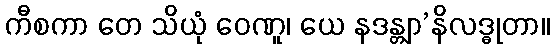
ကီစကာ တေ သိယုံ ဝေဏူ၊ ယေ နဒန္တျာ’နိလဒ္ဓုတာ။